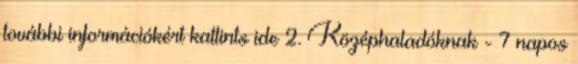
további információkért kattints ide 2. Középhaladóknak - 7 napos